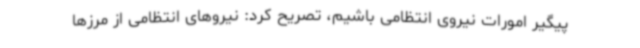
پیگیر امورات نیروی انتظامی باشیم، تصریح کرد: نیروهای انتظامی از مرزها